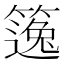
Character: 𥳿